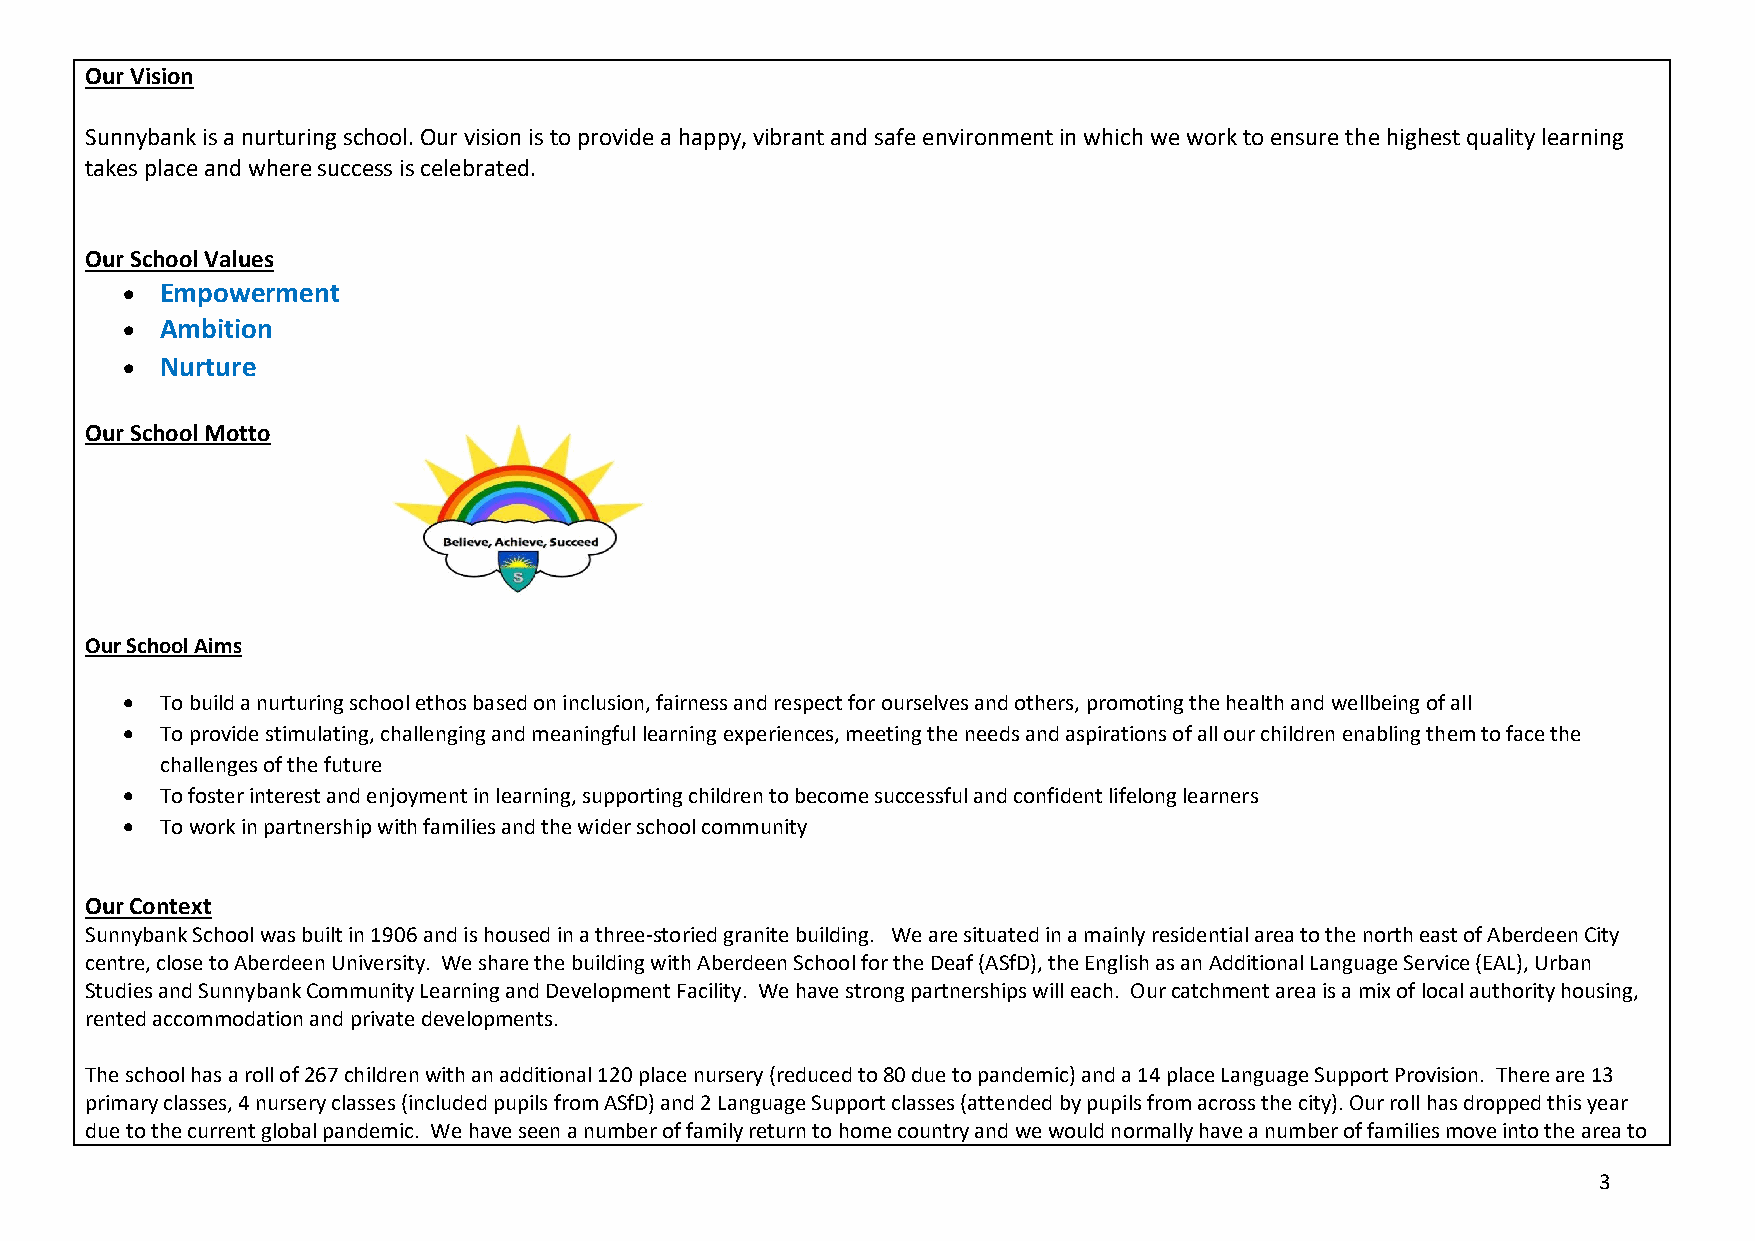
Our Vision
 Sunnybank is a nurturing school. Our vision is to provide a happy, vibrant and safe environment in which we work to ensure the highest quality learning
 takes place and where success is celebrated.
 Our School Values
 •  Empowerment
 •  Ambition
 •  Nurture
 Our School Motto
 Our School Aims
 •  To build a nurturing school ethos based on inclusion, fairness and respect for ourselves and others, promoting the health and wellbeing of all
 •  To provide stimulating, challenging and meaningful learning experiences, meeting the needs and aspirations of all our children enabling them to face the
 challenges of the future
 •  To foster interest and enjoyment in learning, supporting children to become successful and confident lifelong learners
 •  To work in partnership with families and the wider school community
 Our Context
 Sunnybank School was built in 1906 and is housed in a three-storied granite building. We are situated in a mainly residential area to the north east of Aberdeen City
 centre, close to Aberdeen University. We share the building with Aberdeen School for the Deaf (ASfD), the English as an Additional Language Service (EAL), Urban
 Studies and Sunnybank Community Learning and Development Facility. We have strong partnerships will each. Our catchment area is a mix of local authority housing,
 rented accommodation and private developments.
 The school has a roll of 267 children with an additional 120 place nursery (reduced to 80 due to pandemic) and a 14 place Language Support Provision. There are 13
 primary classes, 4 nursery classes (included pupils from ASfD) and 2 Language Support classes (attended by pupils from across the city). Our roll has dropped this year
 due to the current global pandemic. We have seen a number of family return to home country and we would normally have a number of families move into the area to
 3